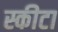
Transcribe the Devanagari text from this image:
स्कीटा